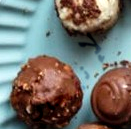
الإنفجار